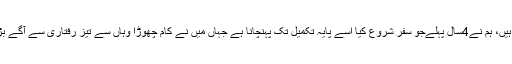
انہوں نے شاہد خاقان عباسی سے مخاطب ہوکر کہا کہ آپ ملک کےوزیراعظم ہیں، ہم نے4سال پہلےجو سفر شروع کیا اُسے پایہ تکمیل تک پہنچانا ہے جہاں میں نے کام چھوڑا وہاں سے تیز رفتاری سے آگے بڑھائیں، تمام وزارتوں کی براہ راست نگرانی کرکے منصوبے جلد مکمل کریں۔